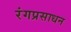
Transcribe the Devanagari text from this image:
रंगप्रसाधन